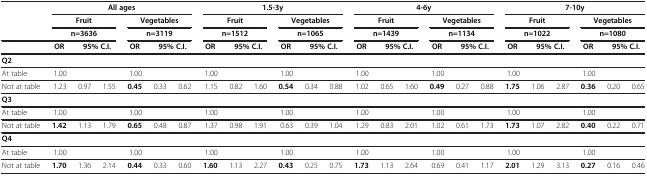
<table><thead><tr><td rowspan="3">[EMPTY_CELL]</td><td colspan="6"><b>All ages</b></td><td colspan="6"><b>1.5-3y</b></td><td colspan="6"><b>4-6y</b></td><td colspan="6"><b>7-10y</b></td></tr><tr><td colspan="3"><b>Fruit</b></td><td colspan="3"><b>Vegetables</b></td><td colspan="3"><b>Fruit</b></td><td colspan="3"><b>Vegetables</b></td><td colspan="3"><b>Fruit</b></td><td colspan="3"><b>Vegetables</b></td><td colspan="3"><b>Fruit</b></td><td colspan="3"><b>Vegetables</b></td></tr><tr><td colspan="3"><b>n=3636</b></td><td colspan="3"><b>n=3119</b></td><td colspan="3"><b>n=1512</b></td><td colspan="3"><b>n=1065</b></td><td colspan="3"><b>n=1439</b></td><td colspan="3"><b>n=1134</b></td><td colspan="3"><b>n=1022</b></td><td colspan="3"><b>n=1080</b></td></tr><tr><td>[EMPTY_CELL]</td><td><b>OR</b></td><td colspan="2"><b>95% C.I.</b></td><td><b>OR</b></td><td colspan="2"><b>95% C.I.</b></td><td><b>OR</b></td><td colspan="2"><b>95% C.I.</b></td><td><b>OR</b></td><td colspan="2"><b>95% C.I.</b></td><td><b>OR</b></td><td colspan="2"><b>95% C.I.</b></td><td><b>OR</b></td><td colspan="2"><b>95% C.I.</b></td><td><b>OR</b></td><td colspan="2"><b>95% C.I.</b></td><td><b>OR</b></td><td colspan="2"><b>95% C.I.</b></td></tr></thead><tbody><tr><td><b>Q2</b></td><td>[EMPTY_CELL]</td><td>[EMPTY_CELL]</td><td>[EMPTY_CELL]</td><td>[EMPTY_CELL]</td><td>[EMPTY_CELL]</td><td>[EMPTY_CELL]</td><td>[EMPTY_CELL]</td><td>[EMPTY_CELL]</td><td>[EMPTY_CELL]</td><td>[EMPTY_CELL]</td><td>[EMPTY_CELL]</td><td>[EMPTY_CELL]</td><td>[EMPTY_CELL]</td><td>[EMPTY_CELL]</td><td>[EMPTY_CELL]</td><td>[EMPTY_CELL]</td><td>[EMPTY_CELL]</td><td>[EMPTY_CELL]</td><td>[EMPTY_CELL]</td><td>[EMPTY_CELL]</td><td>[EMPTY_CELL]</td><td>[EMPTY_CELL]</td><td>[EMPTY_CELL]</td><td>[EMPTY_CELL]</td></tr><tr><td>At table</td><td>1.00</td><td>[EMPTY_CELL]</td><td>[EMPTY_CELL]</td><td>1.00</td><td>[EMPTY_CELL]</td><td>[EMPTY_CELL]</td><td>1.00</td><td>[EMPTY_CELL]</td><td>[EMPTY_CELL]</td><td>1.00</td><td>[EMPTY_CELL]</td><td>[EMPTY_CELL]</td><td>1.00</td><td>[EMPTY_CELL]</td><td>[EMPTY_CELL]</td><td>1.00</td><td>[EMPTY_CELL]</td><td>[EMPTY_CELL]</td><td>1.00</td><td>[EMPTY_CELL]</td><td>[EMPTY_CELL]</td><td>1.00</td><td>[EMPTY_CELL]</td><td>[EMPTY_CELL]</td></tr><tr><td>Not at table</td><td>1.23</td><td>0.97</td><td>1.55</td><td><b>0.45</b></td><td>0.33</td><td>0.62</td><td>1.15</td><td>0.82</td><td>1.60</td><td><b>0.54</b></td><td>0.34</td><td>0.88</td><td>1.02</td><td>0.65</td><td>1.60</td><td><b>0.49</b></td><td>0.27</td><td>0.88</td><td><b>1.75</b></td><td>1.06</td><td>2.87</td><td><b>0.36</b></td><td>0.20</td><td>0.65</td></tr><tr><td><b>Q3</b></td><td>[EMPTY_CELL]</td><td>[EMPTY_CELL]</td><td>[EMPTY_CELL]</td><td>[EMPTY_CELL]</td><td>[EMPTY_CELL]</td><td>[EMPTY_CELL]</td><td>[EMPTY_CELL]</td><td>[EMPTY_CELL]</td><td>[EMPTY_CELL]</td><td>[EMPTY_CELL]</td><td>[EMPTY_CELL]</td><td>[EMPTY_CELL]</td><td>[EMPTY_CELL]</td><td>[EMPTY_CELL]</td><td>[EMPTY_CELL]</td><td>[EMPTY_CELL]</td><td>[EMPTY_CELL]</td><td>[EMPTY_CELL]</td><td>[EMPTY_CELL]</td><td>[EMPTY_CELL]</td><td>[EMPTY_CELL]</td><td>[EMPTY_CELL]</td><td>[EMPTY_CELL]</td><td>[EMPTY_CELL]</td></tr><tr><td>At table</td><td>1.00</td><td>[EMPTY_CELL]</td><td>[EMPTY_CELL]</td><td>1.00</td><td>[EMPTY_CELL]</td><td>[EMPTY_CELL]</td><td>1.00</td><td>[EMPTY_CELL]</td><td>[EMPTY_CELL]</td><td>1.00</td><td>[EMPTY_CELL]</td><td>[EMPTY_CELL]</td><td>1.00</td><td>[EMPTY_CELL]</td><td>[EMPTY_CELL]</td><td>1.00</td><td>[EMPTY_CELL]</td><td>[EMPTY_CELL]</td><td>1.00</td><td>[EMPTY_CELL]</td><td>[EMPTY_CELL]</td><td>1.00</td><td>[EMPTY_CELL]</td><td>[EMPTY_CELL]</td></tr><tr><td>Not at table</td><td><b>1.42</b></td><td>1.13</td><td>1.79</td><td><b>0.65</b></td><td>0.48</td><td>0.87</td><td>1.37</td><td>0.98</td><td>1.91</td><td>0.63</td><td>0.39</td><td>1.04</td><td>1.29</td><td>0.83</td><td>2.01</td><td>1.02</td><td>0.61</td><td>1.73</td><td><b>1.73</b></td><td>1.07</td><td>2.82</td><td><b>0.40</b></td><td>0.22</td><td>0.71</td></tr><tr><td><b>Q4</b></td><td>[EMPTY_CELL]</td><td>[EMPTY_CELL]</td><td>[EMPTY_CELL]</td><td>[EMPTY_CELL]</td><td>[EMPTY_CELL]</td><td>[EMPTY_CELL]</td><td>[EMPTY_CELL]</td><td>[EMPTY_CELL]</td><td>[EMPTY_CELL]</td><td>[EMPTY_CELL]</td><td>[EMPTY_CELL]</td><td>[EMPTY_CELL]</td><td>[EMPTY_CELL]</td><td>[EMPTY_CELL]</td><td>[EMPTY_CELL]</td><td>[EMPTY_CELL]</td><td>[EMPTY_CELL]</td><td>[EMPTY_CELL]</td><td>[EMPTY_CELL]</td><td>[EMPTY_CELL]</td><td>[EMPTY_CELL]</td><td>[EMPTY_CELL]</td><td>[EMPTY_CELL]</td><td>[EMPTY_CELL]</td></tr><tr><td>At table</td><td>1.00</td><td>[EMPTY_CELL]</td><td>[EMPTY_CELL]</td><td>1.00</td><td>[EMPTY_CELL]</td><td>[EMPTY_CELL]</td><td>1.00</td><td>[EMPTY_CELL]</td><td>[EMPTY_CELL]</td><td>1.00</td><td>[EMPTY_CELL]</td><td>[EMPTY_CELL]</td><td>1.00</td><td>[EMPTY_CELL]</td><td>[EMPTY_CELL]</td><td>1.00</td><td>[EMPTY_CELL]</td><td>[EMPTY_CELL]</td><td>1.00</td><td>[EMPTY_CELL]</td><td>[EMPTY_CELL]</td><td>1.00</td><td>[EMPTY_CELL]</td><td>[EMPTY_CELL]</td></tr><tr><td>Not at table</td><td><b>1.70</b></td><td>1.36</td><td>2.14</td><td><b>0.44</b></td><td>0.33</td><td>0.60</td><td><b>1.60</b></td><td>1.13</td><td>2.27</td><td><b>0.43</b></td><td>0.25</td><td>0.75</td><td><b>1.73</b></td><td>1.13</td><td>2.64</td><td>0.69</td><td>0.41</td><td>1.17</td><td><b>2.01</b></td><td>1.29</td><td>3.13</td><td><b>0.27</b></td><td>0.16</td><td>0.46</td></tr></tbody></table>